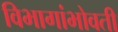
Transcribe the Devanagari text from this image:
विभागांभोवती